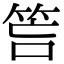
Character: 𥭚